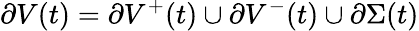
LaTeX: \partial V(t)=\partial V^{+}(t)\cup\partial V^{-}(t)\cup\partial\Sigma(t)